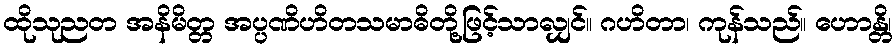
ထိုသုညတ အနိမိတ္တ အပ္ပဏိဟိတသမာဓိတို့ဖြင့်သာလျှင်။ ဂဟိတာ၊ ကုန်သည်။ ဟောန္တိ၊